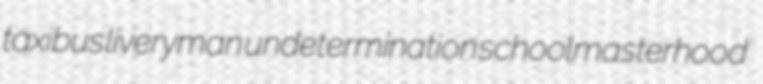
taxibus liveryman undetermination schoolmasterhood